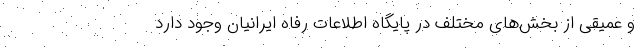
و عمیقی از بخش‌های مختلف در پایگاه اطلاعات رفاه ایرانیان وجود دارد